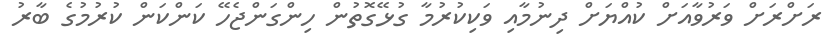
ރަށްރަށް ވަރުވާއަށް ކުއްޔަށް ދިނުމާއި ވަކިކުރުމާ ގުޅޭގޮތުން ހިންގަންޖެހޭ ކަންކަން ކުރުމުގެ ބާރު